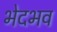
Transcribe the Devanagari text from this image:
भेदभव